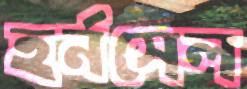
হর্নসেল